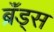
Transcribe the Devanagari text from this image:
ब्रॅंड्स